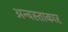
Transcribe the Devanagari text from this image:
अन्वस्ताकार